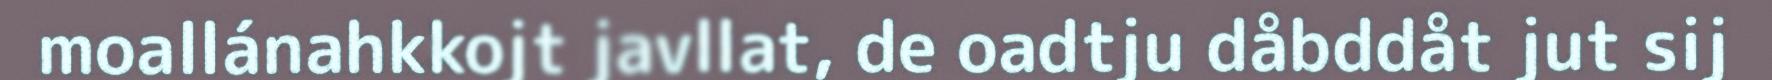
moallánahkkojt javllat, de oadtju dåbddåt jut sij